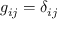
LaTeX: g _ { i j } = \delta _ { i j }